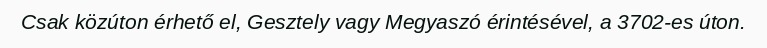
Csak közúton érhető el, Gesztely vagy Megyaszó érintésével, a 3702-es úton.